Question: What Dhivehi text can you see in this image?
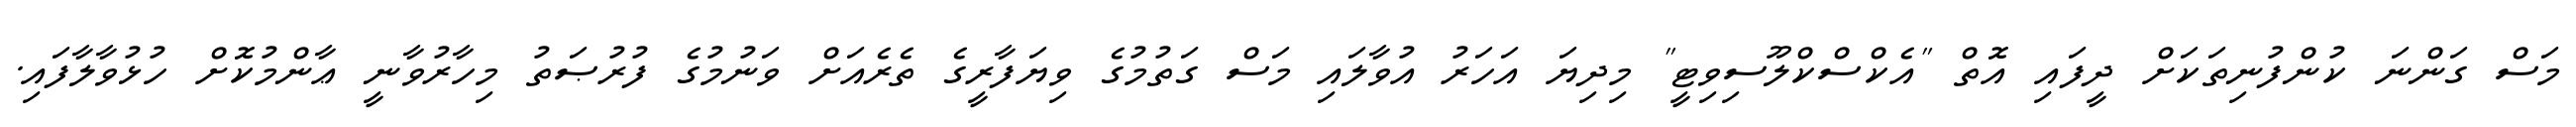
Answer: މަސް ގަންނަ ކުންފުނިތަކަށް ދީފައި އޮތް "އެކްސްކްލޫސިވިޓީ" މިދިޔަ އަހަރު އުވާލައި މަސް ގަތުމުގެ ވިޔަފާރީގެ ތެރެއަށް ވަނުމުގެ ފުރުޞަތު މިހާރުވާނީ ޢާންމުކޮށް ހުޅުވާލާފައި.